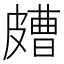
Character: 𥀛